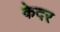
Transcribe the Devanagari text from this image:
केदर